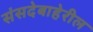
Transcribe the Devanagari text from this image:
संसदेबाहेरील